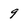
Character: 9